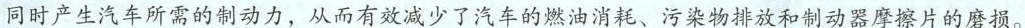
同时产生汽车所需的制动力，从而有效减少了汽车的燃油消耗、污染物排放和制动器摩擦片的磨损。